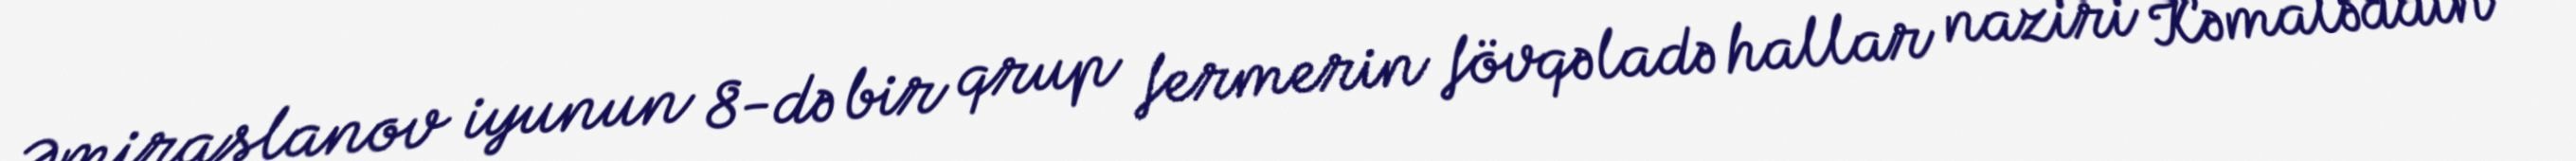
Əmiraslanov iyunun 8-də bir qrup fermerin fövqəladə hallar naziri Kəmaləddin